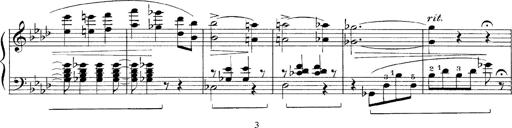
Title: FÃ¼nf KlavierstÃ¼cke
Composer: Franz Liszt